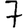
Digit: 7